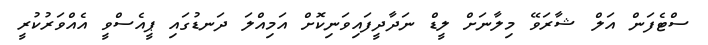
ސްޓެފަން އަލް ޝާރަވޭ މިލާނަށް ލީޑް ނަދާދީފައިވަނިކޮށް އަމިއްލަ ދަނޑުގައި ޕީއެސްވީ އެއްވަރުކުރީ